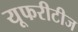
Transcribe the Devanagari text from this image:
यूफरीटीज